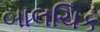
બાલચિક